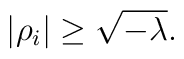
|\rho_i| \geq \sqrt{-\lambda}.